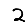
Digit: 2